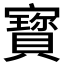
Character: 寳